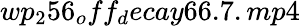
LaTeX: wp_{2}56_{o}ff_{d}ecay66.7.mp4